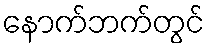
နောက်ဘက်တွင်